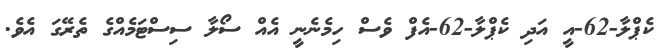
ކެޕްލާ-62-އީ އަދި ކެޕްލާ-62-އެފް ވެސް ހިމެނެނީ އެއް ސޯލާ ސިސްޓަމެއްގެ ތެރޭގަ އެވެ.